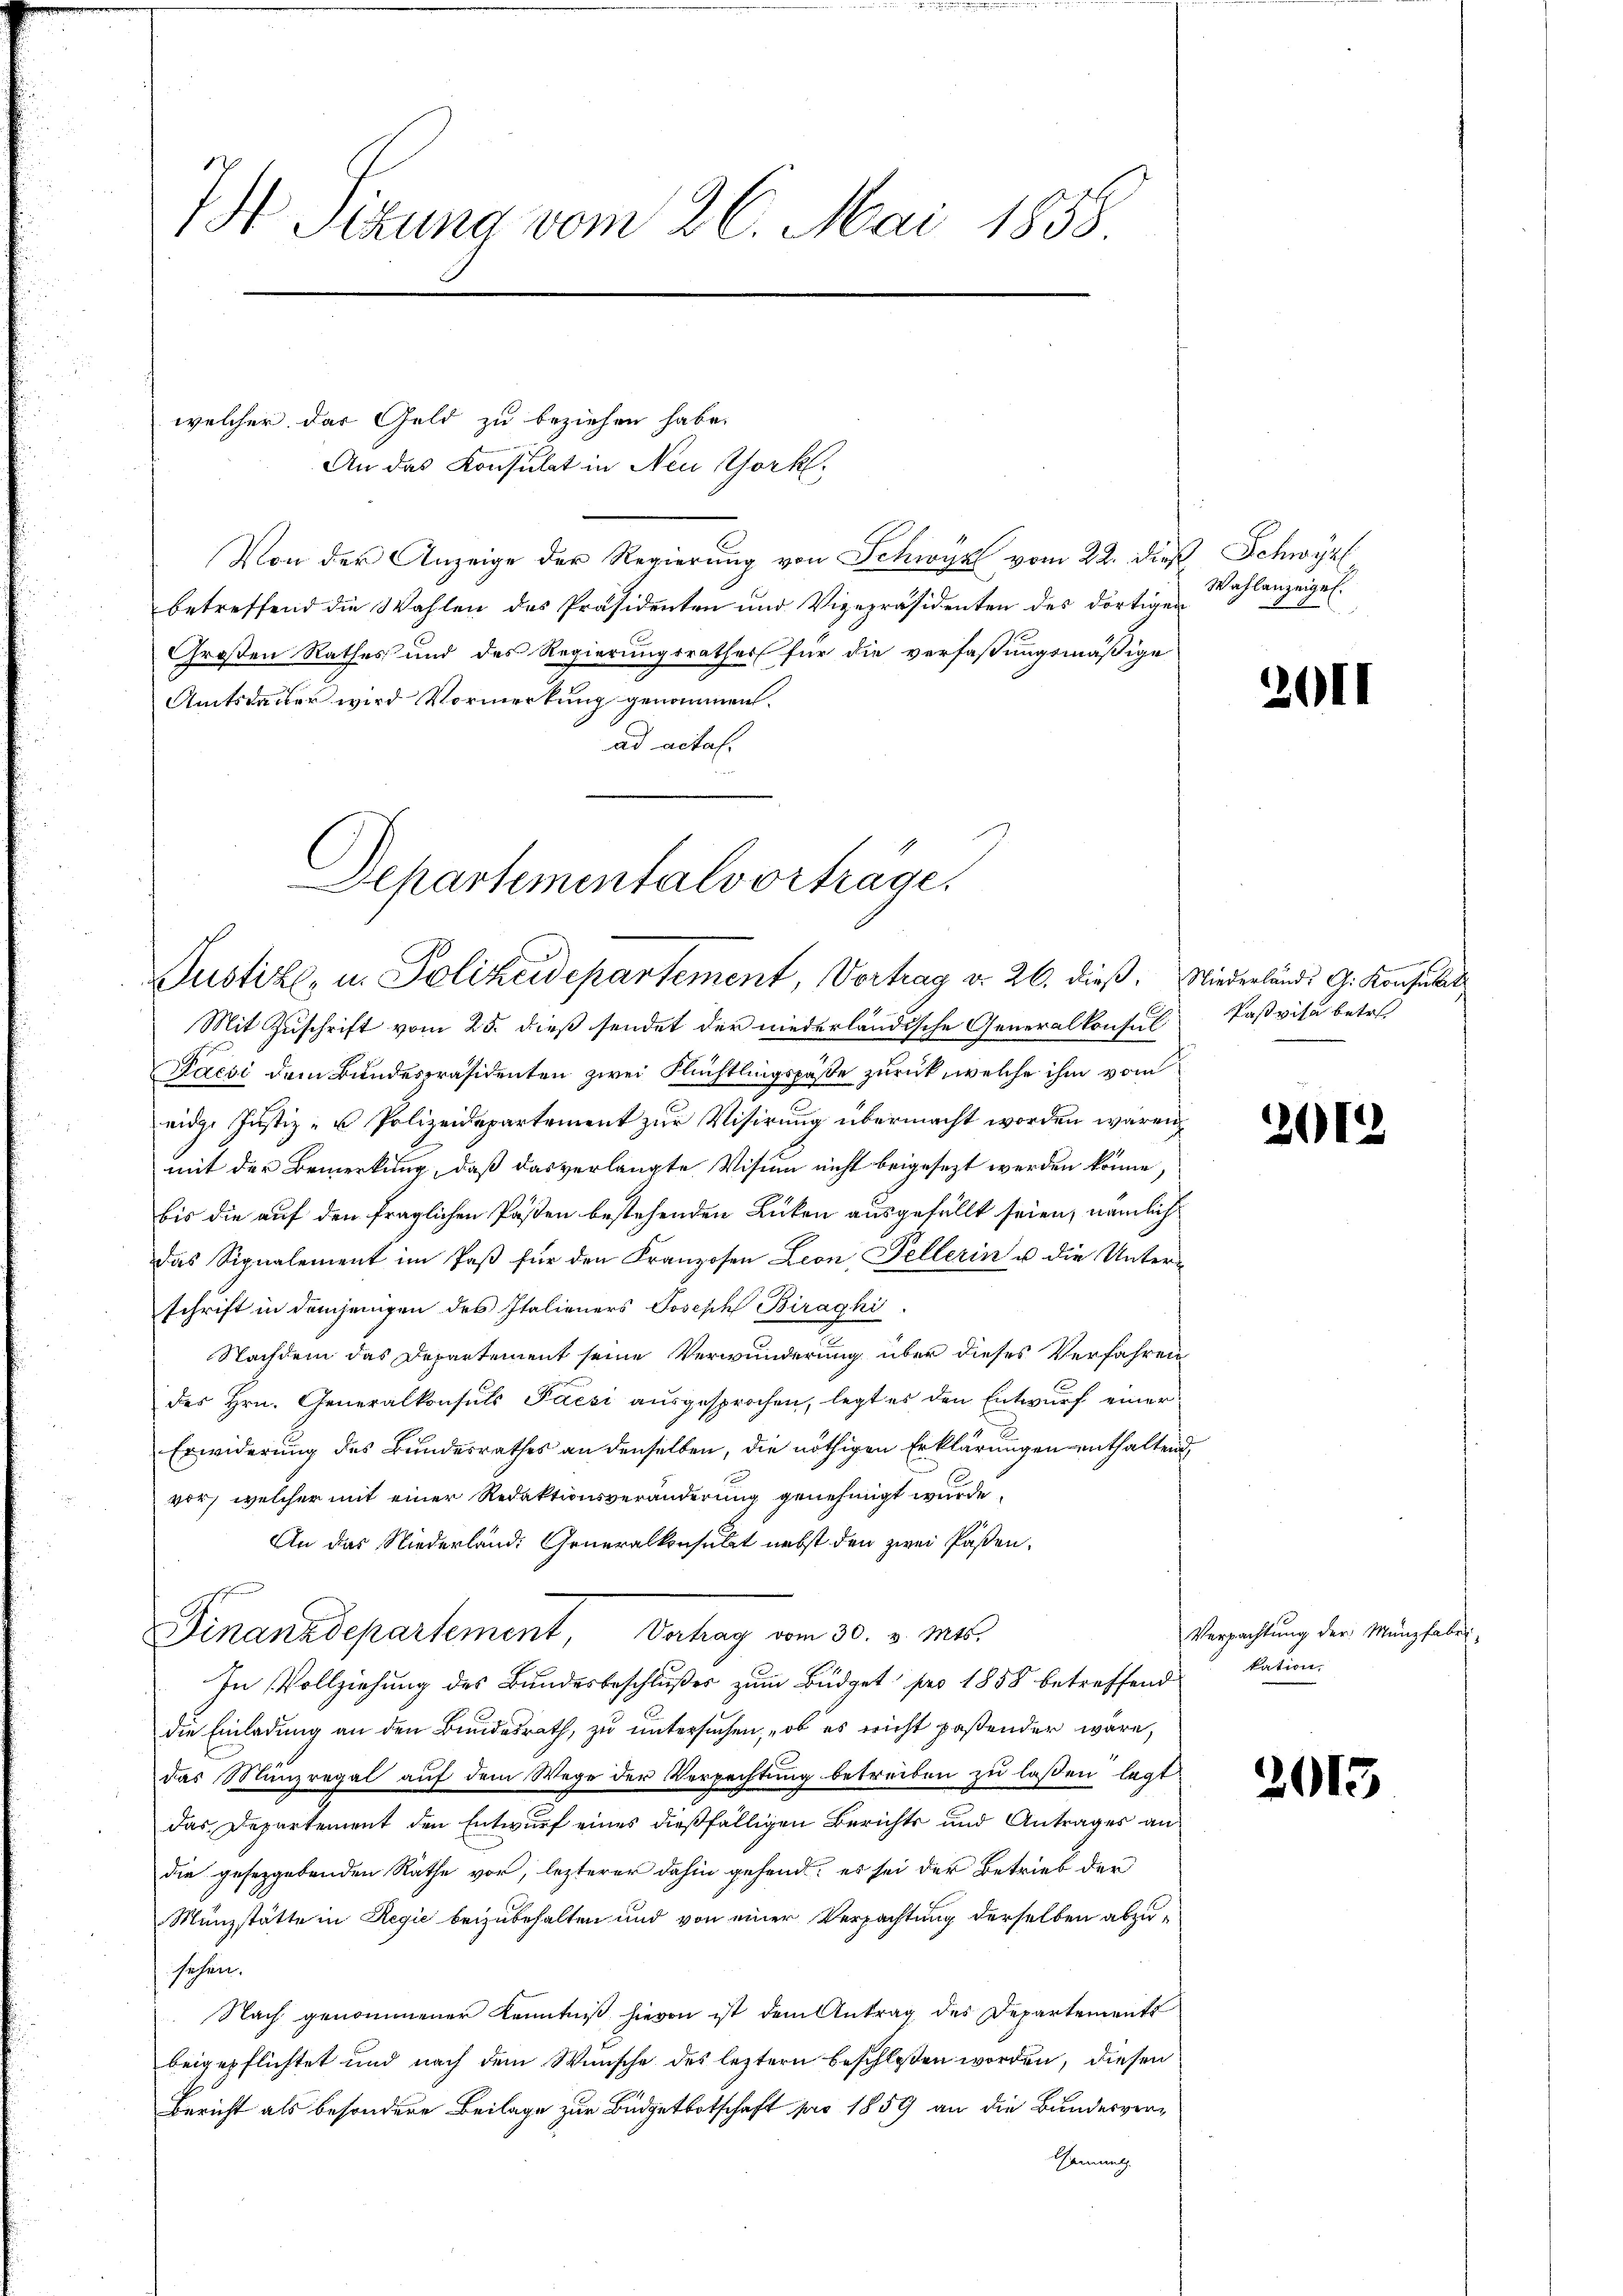
7 Sizung vom 26. Mai 1858.

Departementalvorträge.
Justiz, u. Polizeidepartement, Vortrag d. 26. dieß. Wiederlands G. Konsulat

welcher das Geld zu beziehen habe.
An das Konsulat in Neu Yorkl.
Von der Anzeige der Regierung von Schwyz vom 22. dieß Schwyz
betreffend die Wahlen des Präsidenten und Vizepräsidenten des dortigen
Großen Rathes und des Regierungsrathes für die verfaßungsmäßige
Amtsdauer wird Vormerkung genommen.
ad actal.

Mit Zuschrift vom 25. dieß sendet der niederländische Generalkonsul-
Pacsi dem Bundespräsidenten zwei Flüchtlingspaße zurück, welche ihm vom
eidge Justiz- u Polizeidepartement zur Visirung übermacht worden wären,
mit der Bemerkung, daß das verlangte Visum nicht beigesezt werden könne,
bis die auf den fraglichen Pasten bestehenden Lücken ausgefällt seien, nämlich
das Signalement im Paß für den Franzosen Leon, Fellerin u die Unter-
schrift in demjenigen des Italieners Joseph Biraghi,
Nachdem das Departement seine Verwunderung über dieses Verfahren
des Hrn. Generalkonsuls Pacsi ausgesprochen, legt es den Entwurf einer
Erwiderung des Bundesrathes an denselben, die nöthigen Erklärungen enthaltend
vor, welcher mit einer Redaktionsveränderung genehmigt wurde.
An das Niederland. Generalkonsulat nebst den zwei Päßen¬
Finanzdepartement, Verhag vom 30. v. Mts.
In Vollziehung des Bundesbeschlußes zum Büdget pro 1858 betreffend
die Einladung an den Bundesrath, zu untersuchen, ob es nicht paßender wäre,
das Münzregal auf dem Wege der Verpachtung betreiben zu lassen lagt
das Departement den Entwurf eines dießfälligen Berichts und Antrages an
die geseggebenden Rathe vor, lezterer dahin gehend, es sei der Betrieb der
Münzstätte in Regie beizubehalten und von einer Verpachtung derselben abzusehen.
Nach genommener Kenntniß hievon ist dem Antrag des Departements
beigepflichtet und nach dem Wunsche des letztern beschlossen worden, diesen
Bericht als besondere Beilage zur Büdgetbotschaft pro 1859 an die Bundesver¬
Gemmelg.

Wahlanzeigel.
a

2011

Paßvisa betret

212

201

Verpachtung der Münzfabri
kation,